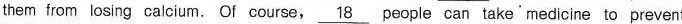
them from losing calcium. Of course, \underline{18}people can take`medicine to prevent